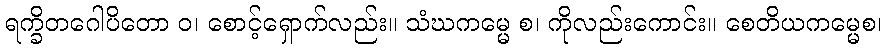
ရက္ခိတဂေါပိတော ဝ၊ စောင့်ရှောက်လည်း။ သံဃကမ္မေ စ၊ ကိုလည်းကောင်း။ စေတိယကမ္မေစ၊